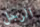
الرجل